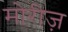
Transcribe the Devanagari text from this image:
मोरीज़